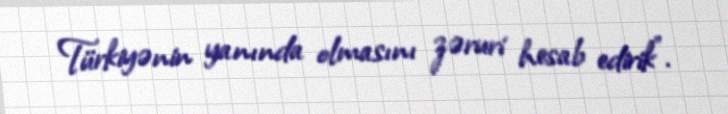
Türkiyənin yanında olmasını zəruri hesab edirik”.